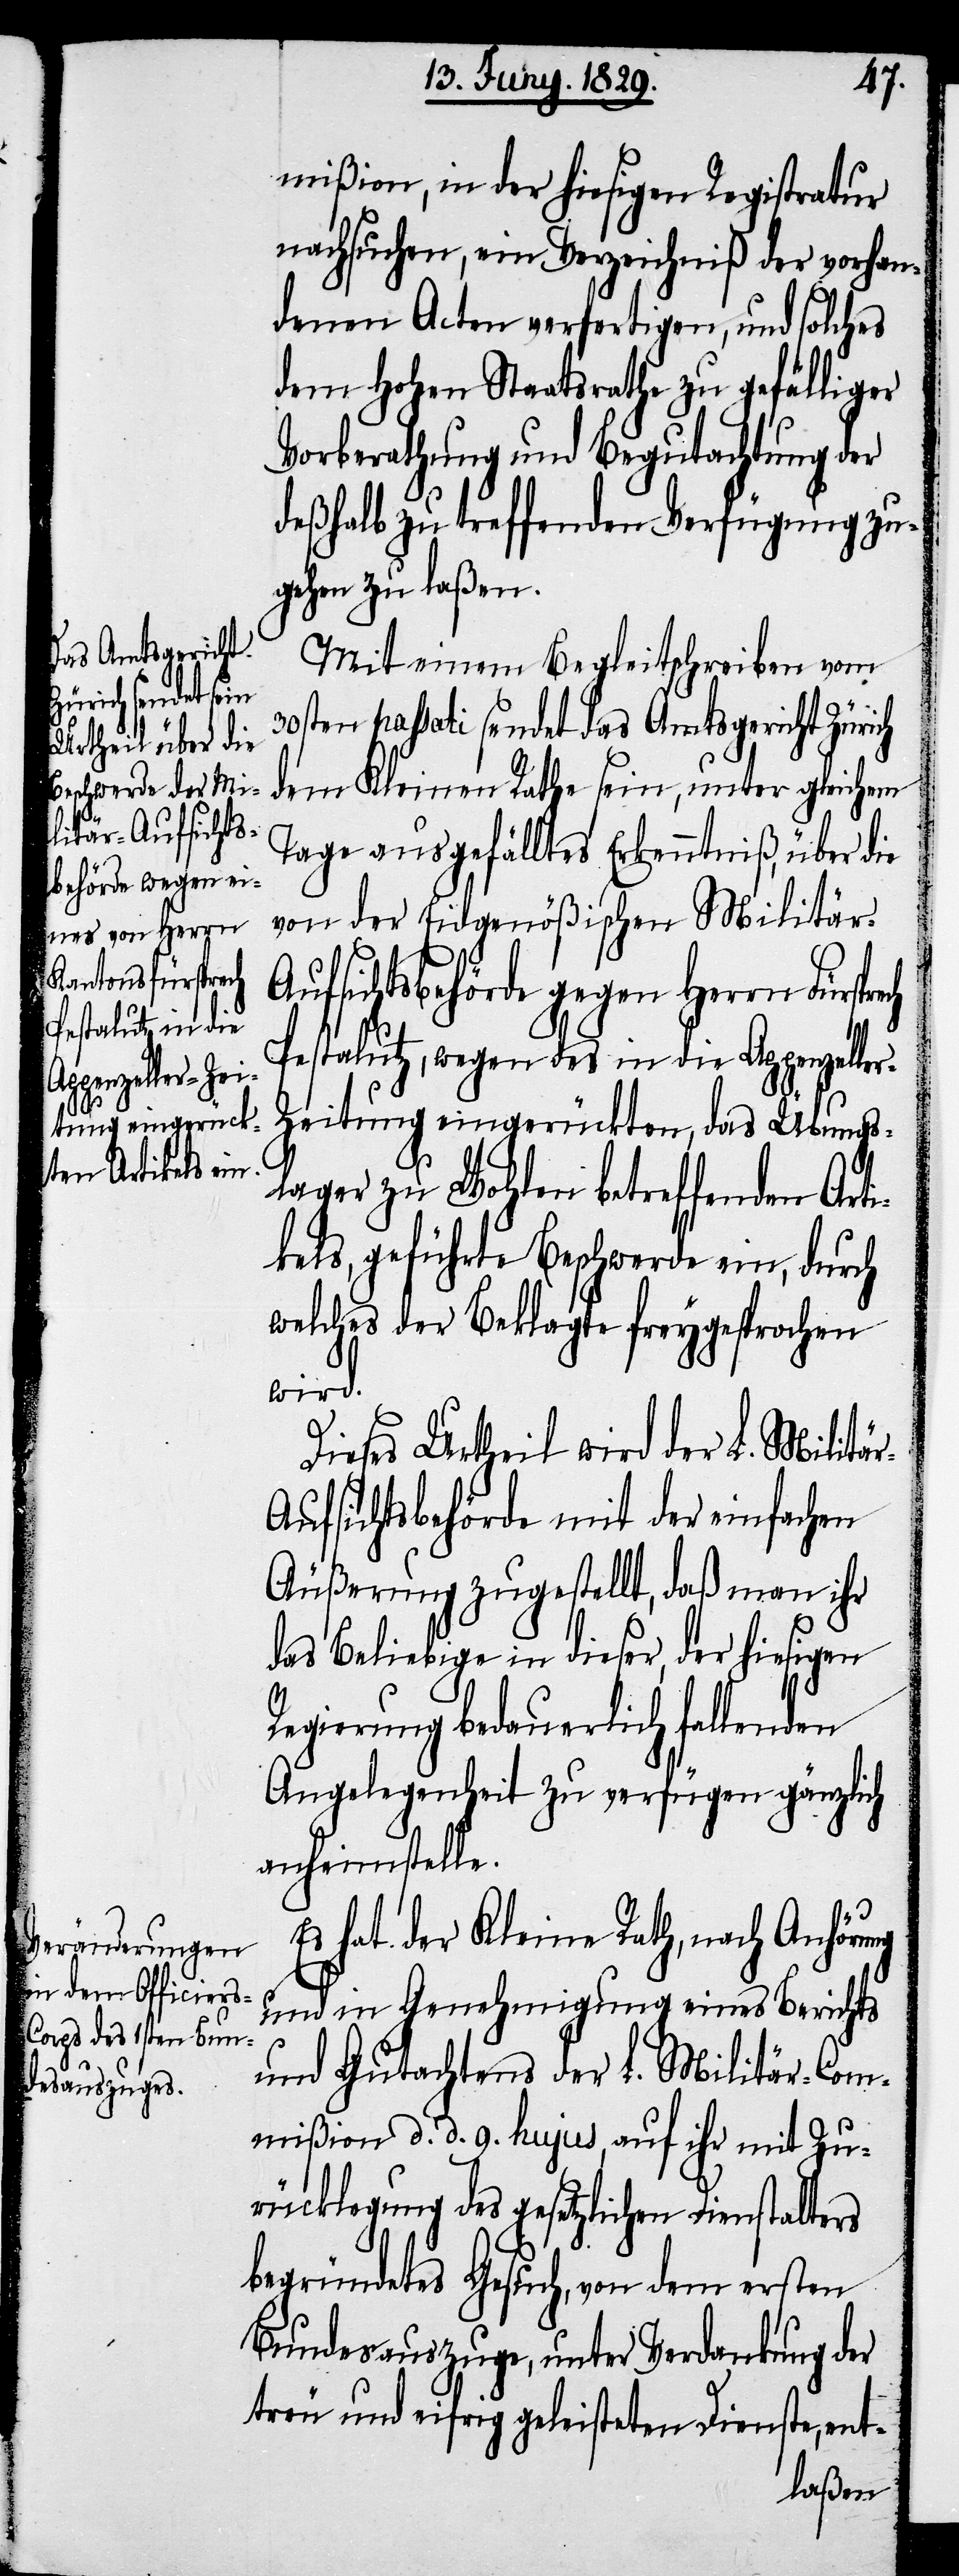
mißion, in der hiesigen Registratur
nachsuchen, ein Verzeichniß der vorhan¬
denen Acten verfertigen, und solches
dem Hohen Staatsrathe zu gefälliger
Vorberathung und Begutachtung der
deßhalb zu treffenden Verfügungen zu¬
gehen zu laßen.
Mit einem Begleitschreiben vom
30sten passati sendet das Amtsgericht Zürich
dem Kleinen Rathe sein, unter gleichem
Tage ausgefälltes Erkenntniß, über die
von der Eidgenößischen Militär-A¬
ufsichtsbehörde gegen Herrn Fürsp¬
Pestalutz, wegen des in die Appenzelle¬
r-Zeitung eingerückten, das Übungs¬
lager zu Wohlen betreffenden Arti¬
kels, geführte Beschwerde ein, durch
welches der Beklagte freygesprochen
wird.
Dieses Urtheil wird der L. Militä¬
r-Aufsichtsbehörde mit der einfachen
Äußerung zugestellt, daß man ihr
das Beliebige in dieser, der hiesigen
Regierung bedauerlich fallenden
Angelegenheit zu verfügen gänzlich
anheimstelle.
Es hat der Kleine Rath, nach Anhörung
und in Genehmigung eines Berichts
und Gutachtens der L. Militär-Com¬
mißion d. d. 9. hujus, auf ihr mit Zu¬
rücklegung des gesetzlichen Dienstalters
begründetes Gesuch, von dem ersten
Bundesauszuge, unter Verdankung der
treu und eifrig geleisteten Dienste, ent-